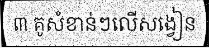
៣ គូសំខាន់ៗលើសង្វៀន